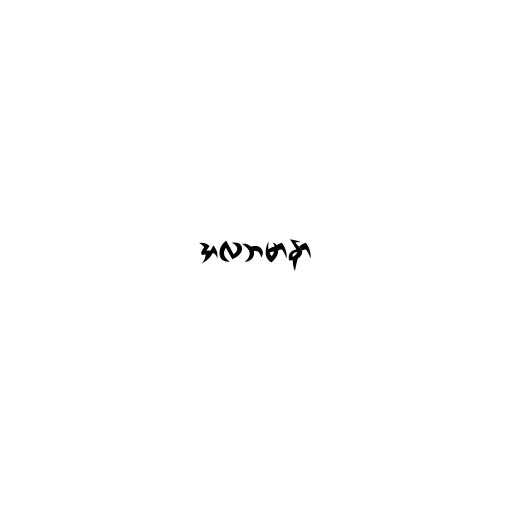
အလဘမာနာ